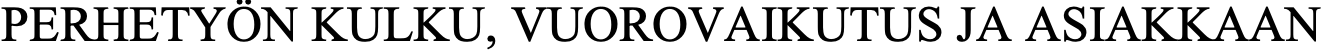
PERHETYÖN KULKU, VUOROVAIKUTUS JA ASIAKKAAN